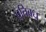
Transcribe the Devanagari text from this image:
प्रतिबध